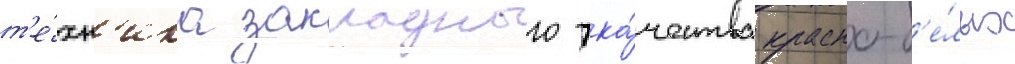
т'е́хн'ика закладного тка́чества красно-б'е́лых